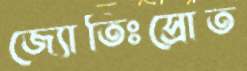
জ্যোতিঃস্রোত